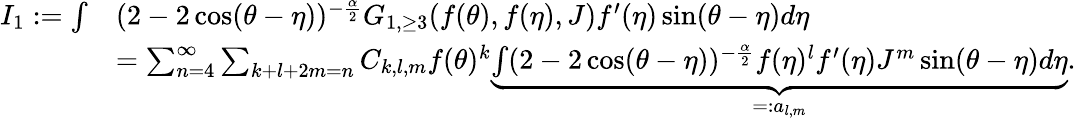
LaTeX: \begin{array}{rl}{I_{1}:=\int}&{(2-2\cos(\theta-\eta))^{-\frac{\alpha}{2}}G_{1,\ge 3}(f(\theta),f(\eta),{J})f^{\prime}(\eta)\sin(\theta-\eta)d\eta}\\ &{=\sum_{n=4}^{\infty}\sum_{k+l+2m=n}C_{k,l,m}f(\theta)^{k}\underbrace{\int(2-2\cos(\theta-\eta))^{-\frac{\alpha}{2}}f(\eta)^{l}f^{\prime}(\eta){J}^{m}\sin(\theta-\eta)d\eta}_{=:a_{l,m}}.}\end{array}